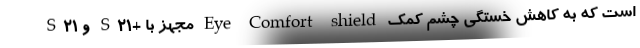
S21 و S21+ مجهز با Eye Comfort shield است که به کاهش خستگی چشم کمک